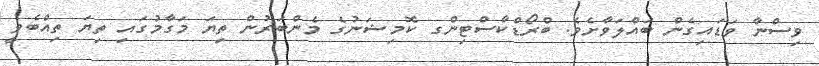
ވިސްނާ ވަޑައިގެން ބައްލަވާށެވެ. ބްރޯޑްކާސްޓިންގ ކޮމިޝަނުގެ މެންބަރުން ތިޔަ މަގާމުގައި ތިޔަ ތިއްބެވީ